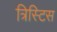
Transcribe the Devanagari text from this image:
त्रिस्टिस